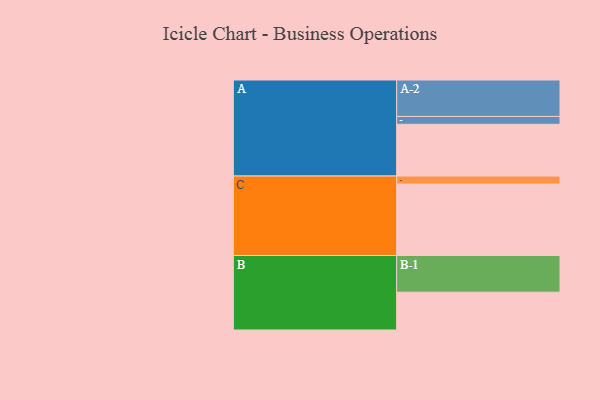
{"axis": {"x": "Segment", "y": "Value"}, "legend": ["", "A", "B", "C"], "data": [{"x": "A", "y": 415, "type": ""}, {"x": "B", "y": 303, "type": ""}, {"x": "C", "y": 573, "type": ""}, {"x": "A-1", "y": 63, "type": "A"}, {"x": "A-2", "y": 292, "type": "A"}, {"x": "B-1", "y": 294, "type": "B"}, {"x": "C-1", "y": 64, "type": "C"}]}